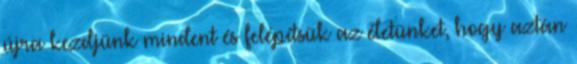
újra kezdjünk mindent és felépítsük az életünket, hogy aztán